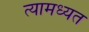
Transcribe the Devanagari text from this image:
त्यामध्यत